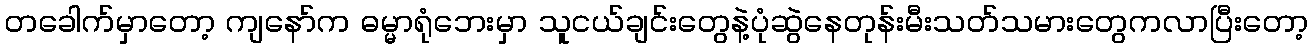
တခေါက်မှာတော့ ကျနော်က ဓမ္မာရုံဘေးမှာ သူငယ်ချင်းတွေနဲ့ပုံဆွဲနေတုန်းမီးသတ်သမားတွေကလာပြီးတော့